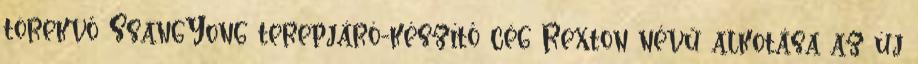
törekvő SsangYong terepjáró-készítő cég Rexton névű alkotása az új